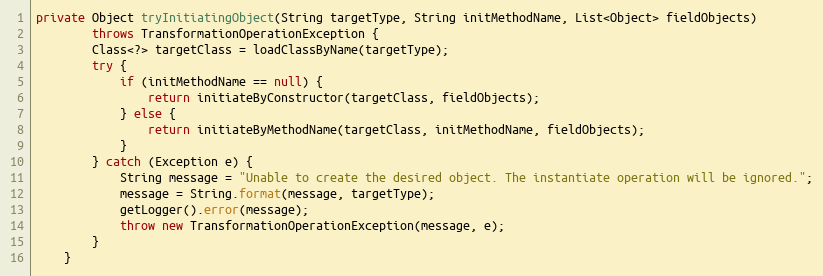
Language: Java
private Object tryInitiatingObject(String targetType, String initMethodName, List<Object> fieldObjects)
        throws TransformationOperationException {
        Class<?> targetClass = loadClassByName(targetType);
        try {
            if (initMethodName == null) {
                return initiateByConstructor(targetClass, fieldObjects);
            } else {
                return initiateByMethodName(targetClass, initMethodName, fieldObjects);
            }
        } catch (Exception e) {
            String message = "Unable to create the desired object. The instantiate operation will be ignored.";
            message = String.format(message, targetType);
            getLogger().error(message);
            throw new TransformationOperationException(message, e);
        }
    }